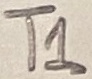
Text: T1